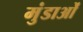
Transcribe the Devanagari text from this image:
मुंडाओं